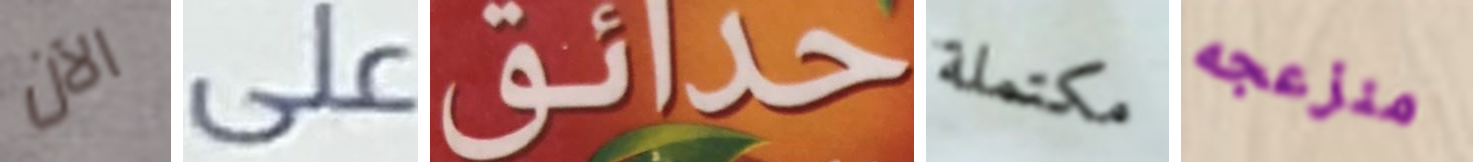
الآن على حدائق مكتملة منزعجه